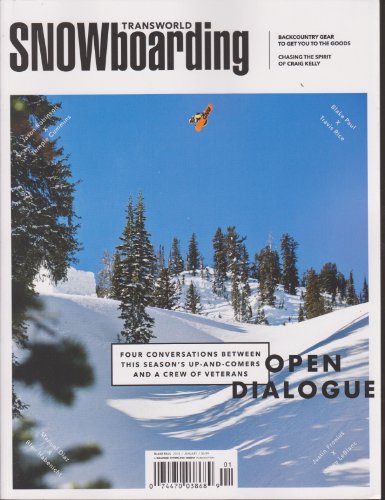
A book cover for Transworld Snowboarding Magazine January 2014; Various; Sports & Outdoors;